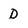
Character: D